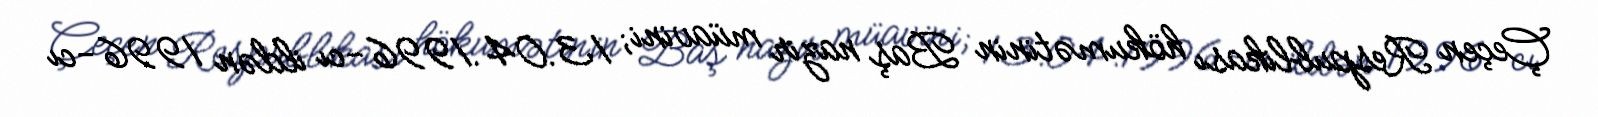
Çeçen Respublikası hökumətinin Baş nazir müavini; 13.04.1996-cı ildən 1996-cı